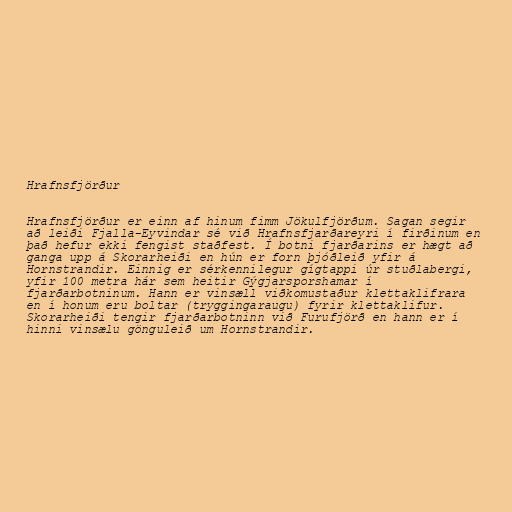
Hrafnsfjörður

Hrafnsfjörður er einn af hinum fimm Jökulfjörðum. Sagan segir
að leiði Fjalla-Eyvindar sé við Hrafnsfjarðareyri í firðinum en
það hefur ekki fengist staðfest. Í botni fjarðarins er hægt að
ganga upp á Skorarheiði en hún er forn þjóðleið yfir á
Hornstrandir. Einnig er sérkennilegur gígtappi úr stuðlabergi,
yfir 100 metra hár sem heitir Gýgjarsporshamar í
fjarðarbotninum. Hann er vinsæll viðkomustaður klettaklifrara
en í honum eru boltar (tryggingaraugu) fyrir klettaklifur.
Skorarheiði tengir fjarðarbotninn við Furufjörð en hann er í
hinni vinsælu gönguleið um Hornstrandir.